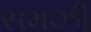
સમઝી